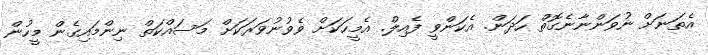
އެތަނަށް ނުވަންނާނެގޮތް ހަދަން. އެކަންވީ ފެއިލް. އެމީހަކަށް ވެވުނުވަރަކަށް މަސައްކަތް ނިންމައިގެން މީހުން